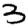
Digit: 3